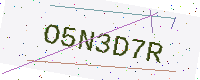
Text: O5N3D7R